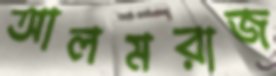
আলমরাজ